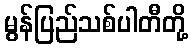
မွန်ပြည်သစ်ပါတီတို့